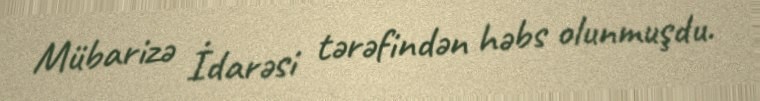
Mübarizə İdarəsi tərəfindən həbs olunmuşdu.